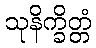
သုနိက္ခိတ္တံ